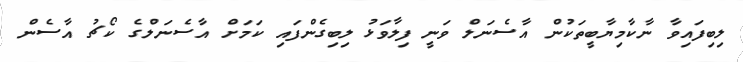
ލިބިފައިވާ ނާކާމިޔާބީތަކުން އާސެނަލް ވަނީ ފިލާވަޅު ލިބިގެންފައި ކަމަށް އާސެނަލްގެ ކޯޗު އާސެން